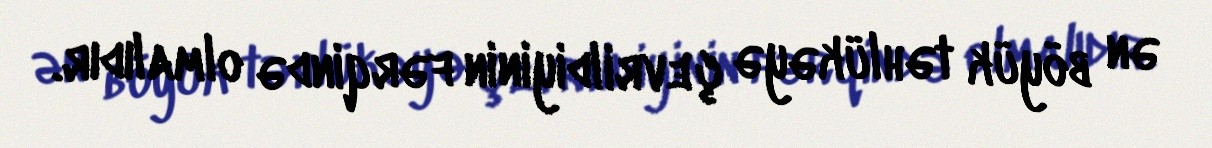
ən böyük təhlükəyə çevrildiyinin fərqində olmalıdır.